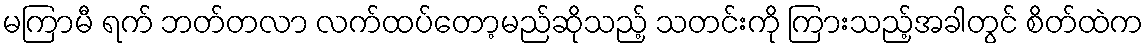
မကြာမီ ရက် ဘတ်တလာ လက်ထပ်တော့မည်ဆိုသည့် သတင်းကို ကြားသည့်အခါတွင် စိတ်ထဲက